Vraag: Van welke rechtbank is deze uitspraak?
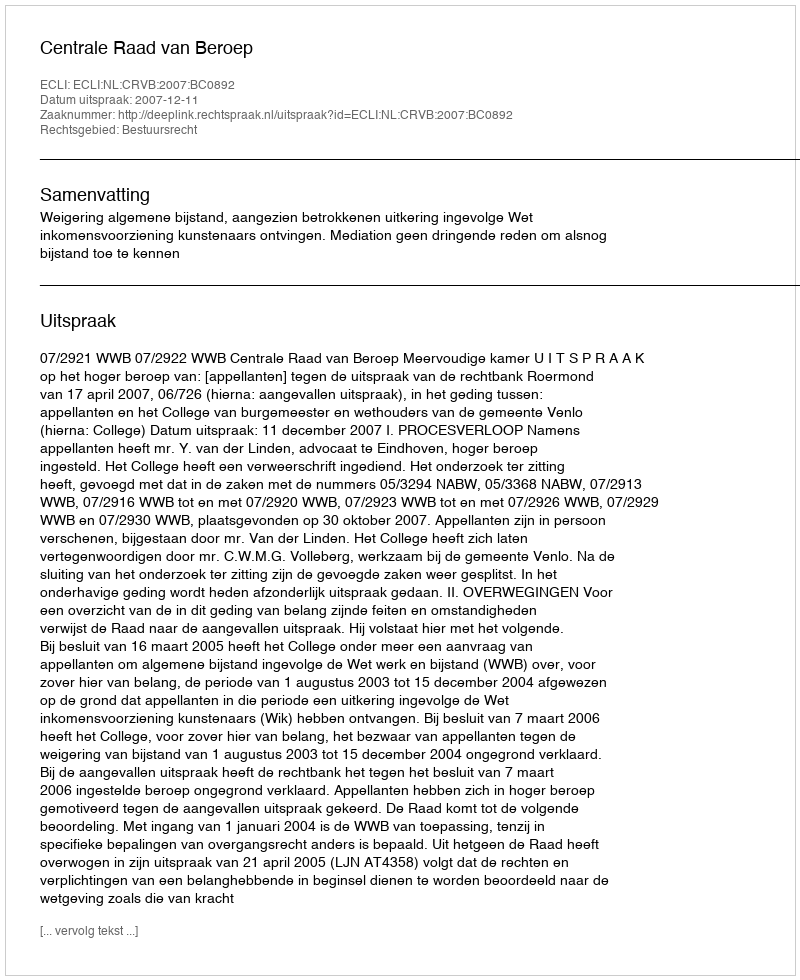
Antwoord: Centrale Raad van Beroep